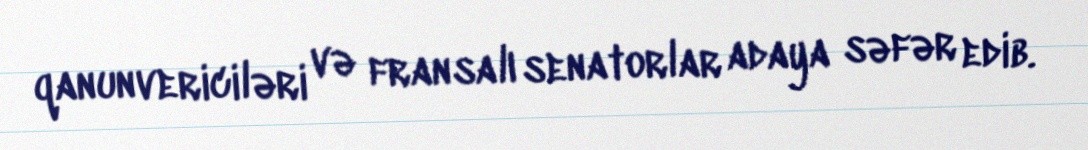
qanunvericiləri və fransalı senatorlar adaya səfər edib.